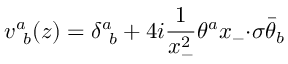
v _ { ~ b } ^ { a } ( z ) = \displaystyle { \delta _ { ~ b } ^ { a } + 4 i \frac { 1 } { x _ { - } ^ { 2 } } \theta ^ { a } x _ { - } { \cdot \sigma } \bar { \theta } _ { b } }